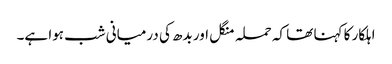
اہلکار کا کہنا تھا کہ حملہ منگل اور بدھ کی درمیانی شب ہوا ہے۔